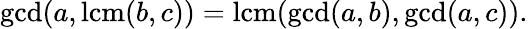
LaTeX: \operatorname*{gcd}(a,\operatorname{lcm}(b,c))=\operatorname{lcm}(\operatorname*{gcd}(a,b),\operatorname*{gcd}(a,c)).